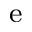
^ \mathrm { e }